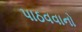
પાઠવવાનો